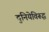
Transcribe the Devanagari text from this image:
दुनियेविरूद्ध